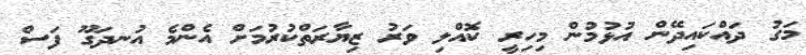
މަގު ދައްކައިދޭން އުޅުމުން މިހިރީ ކޮއްލި ވަރު ޒިޔާރަތްކުރުމަށް އެންމެ އުނދަގޫ ފަސް